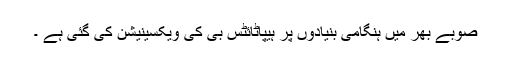
صوبے بھر میں ہنگامی بنیادوں پر ہیپاٹائٹس بی کی ویکسینیشن کی گئی ہے ۔